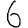
Digit: 6